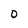
Character: 0